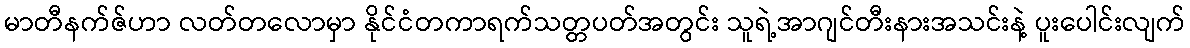
မာတီနက်ဇ်ဟာ လတ်တလောမှာ နိုင်ငံတကာရက်သတ္တပတ်အတွင်း သူရဲ့အာဂျင်တီးနားအသင်းနဲ့ ပူးပေါင်းလျက်